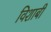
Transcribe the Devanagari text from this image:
विशाबी